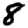
Digit: 8